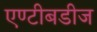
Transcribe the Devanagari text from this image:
एण्टीबडीज